Vaccination in the Punjab 1897-1904 - 1897-1904
Year: 1897
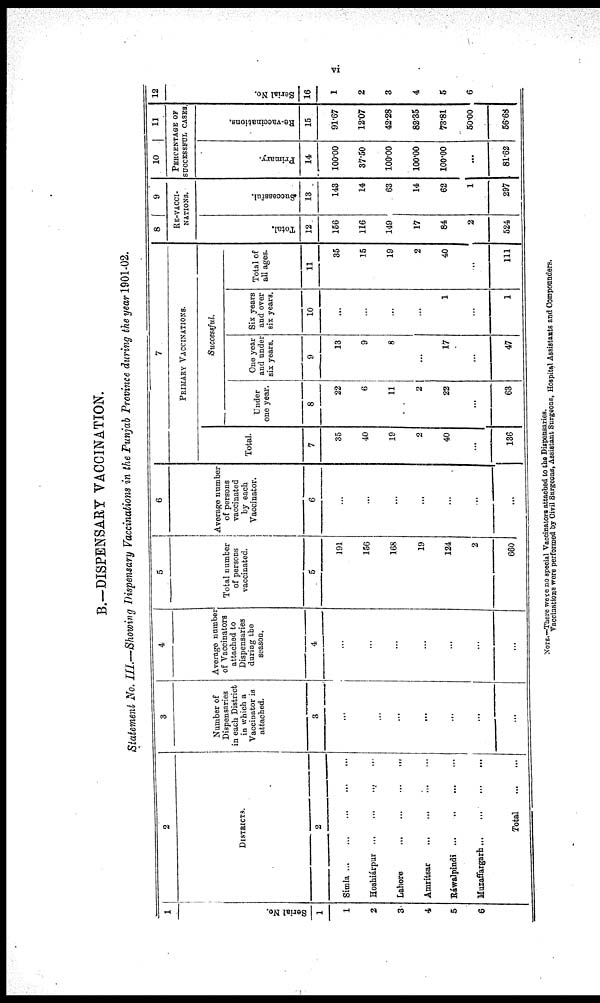
vi
B.—DISPENSARY VACCINATION.
Statement No. III.—Showing Dispensary Vaccinations in the Punjab Province during the year 1901-02.
1
Serial
1
1
2
3
4
5
6
2
DISTRICTS.
2
Simla ... ... ... ...
Hoshiárpur ... ... ... ...
Lahore
...
...
...
...
Amritsar
...
...
...
...
Ráwalpindi ... ... ... ...
Muzaffargarh
...
...
...
...
Total
...
...
3
Number of
Dispensaries
in each District
in which a
Vaccinator is
attached.
3
...
...
...
...
...
...
. . .
4
Average number
of Vaccinators
attached to
Dispensaries
during the
season.
4
...
...
...
...
...
...
...
5
Total number
of persons
vaccinated.
5
191
156
168
19
124
2
660
6
Average number
of persons
vaccinated by each
Vaccinator.
6
...
...
...
...
...
...
...
7
PRIMARY VACCINATIONS.
Total.
7
35
40
19
2
40
...
136
Successful.
Under
one year.
8
22
6
11
2
22
...
63
One year
and under
six years.
9
13
9
8
...
17
...
47
Six years
and over
six years.
10
...
...
...
...
1
...
1
Total of
all ages.
11
35
15
19
2
40
...
111
8
9
RE-VACCI-
-------.
Total.
12
156
116
149
17
84
2
524
Successful.
13
143
14
63
14
62
1
297
10
11
PERCENTAGE OF
SUCCESSFUL CASES.
Primary.
14
100.00
37.50
100.00
100.00
100.00
...
81.62
Re-vaccinations.
15
91.67
12.07
42.28
82.35
73.81
50.00
56.68
12
Serial No.
16
1
2
3
4
5
6
NOTE.—There were no special Vaccinators attached to the Dispensaries.
Vaccinations were performed by Civil Surgeons, Assistant Surgeons, Hospital Assistants and Compounders.